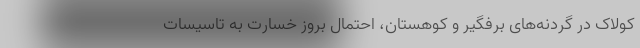
کولاک در گردنه‌های برفگیر و کوهستان، احتمال بروز خسارت به تاسیسات